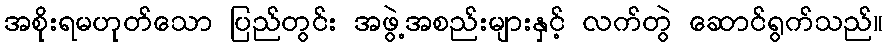
အစိုးရမဟုတ်သော ပြည်တွင်း အဖွဲ့အစည်းများနှင့် လက်တွဲ ဆောင်ရွက်သည်။